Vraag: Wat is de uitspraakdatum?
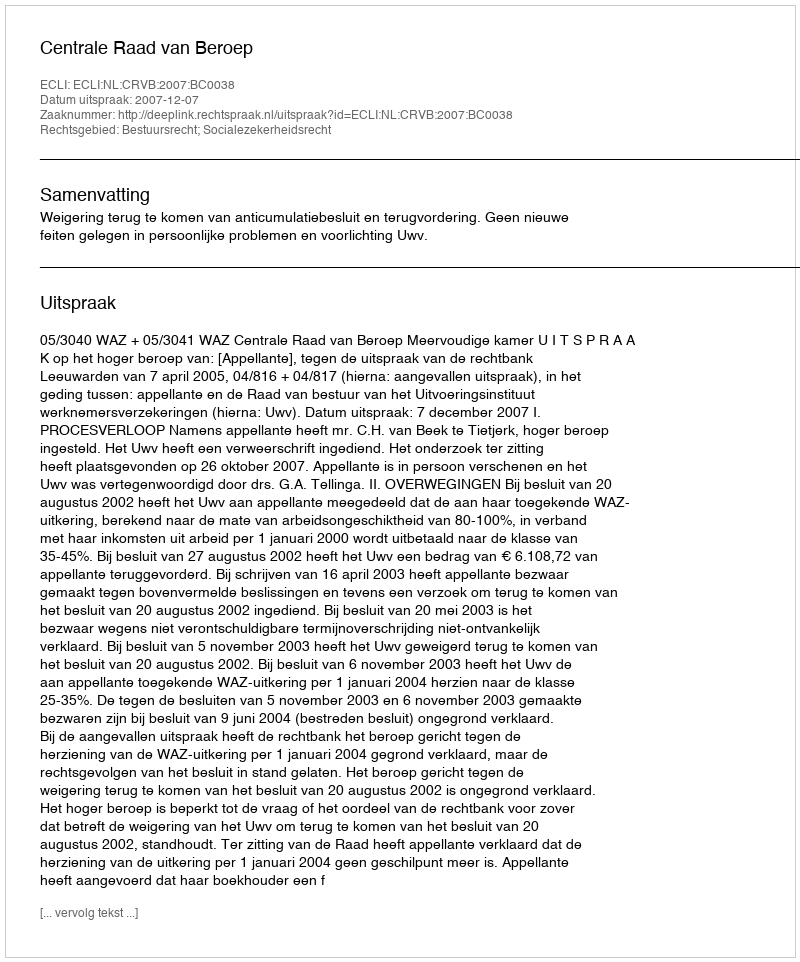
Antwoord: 2007-12-07